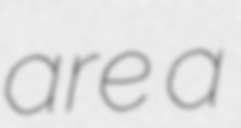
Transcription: are a